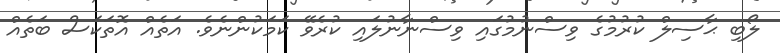
ލޯބި ޙާސިލް ކުރުމުގެ ވިސްނުމުގައި ވިސްނާނުލައި ކުރެވޭ ކަމަކުންނެވެ. އަތެއް އޮތަކަސް ބަތެއް